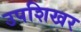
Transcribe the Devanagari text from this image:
उपशिखर